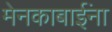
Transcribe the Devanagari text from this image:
मेनकाबाईंना